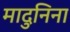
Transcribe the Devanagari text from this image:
मादुनिना